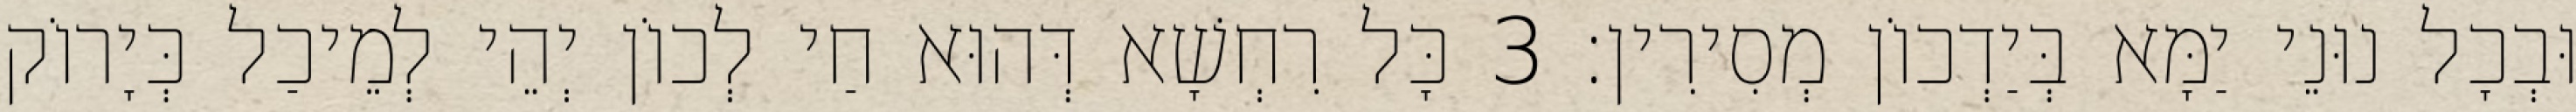
וּבְכָל נוּנֵי יַמָּא בְּיַדְכוֹן מְסִירִין׃ 3 כָּל רִחְשָׁא דְּהוּא חַי לְכוֹן יְהֵי לְמֵיכַל כְּיָרוֹק